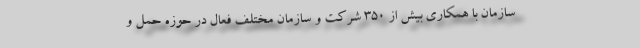
سازمان با همکاری بیش از ۳۵۰ شرکت و سازمان مختلف فعال در حوزه حمل و